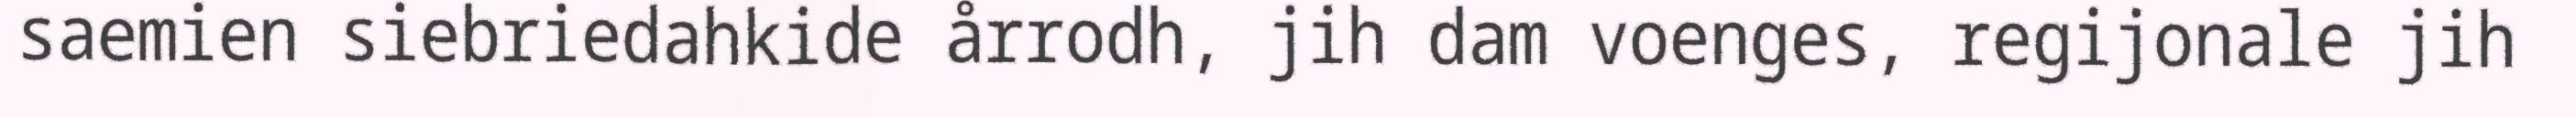
saemien siebriedahkide årrodh, jih dam voenges, regijonale jih